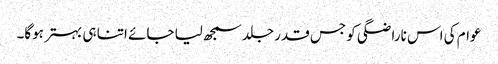
عوام کی اس ناراضگی کو جس قدر جلد سمجھ لیا جائے اتنا ہی بہتر ہوگا۔